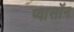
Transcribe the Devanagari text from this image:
प्वासॉन